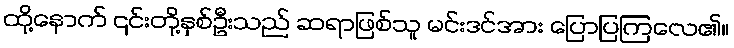
ထို့နောက် ၎င်းတို့နှစ်ဦးသည် ဆရာဖြစ်သူ မင်းဒင်အား ပြောပြကြလေ၏။